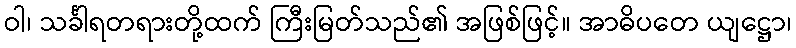
ဝါ၊ သင်္ခါရတရားတို့ထက် ကြီးမြတ်သည်၏ အဖြစ်ဖြင့်။ အာဓိပတေ ယျဋ္ဌော၊